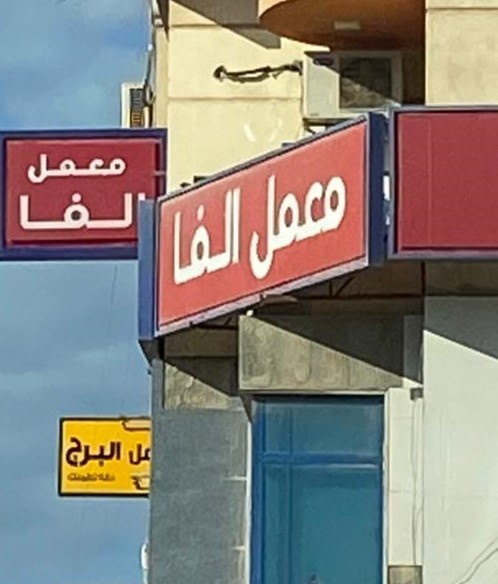
Text in image: معمل الفا معمل الفا البرج